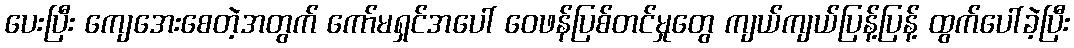
ပေးပြီး ကျေအေးစေတဲ့အတွက် ကော်မရှင်အပေါ် ဝေဖန်ပြစ်တင်မှုတွေ ကျယ်ကျယ်ပြန့်ပြန့် ထွက်ပေါ်ခဲ့ပြီး